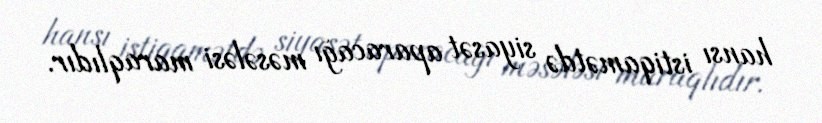
hansı istiqamətdə siyasət aparacağı məsələsi maraqlıdır.